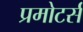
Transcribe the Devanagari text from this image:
प्रमोटर्स